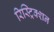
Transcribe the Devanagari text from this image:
रिस्ट्रिक्शन